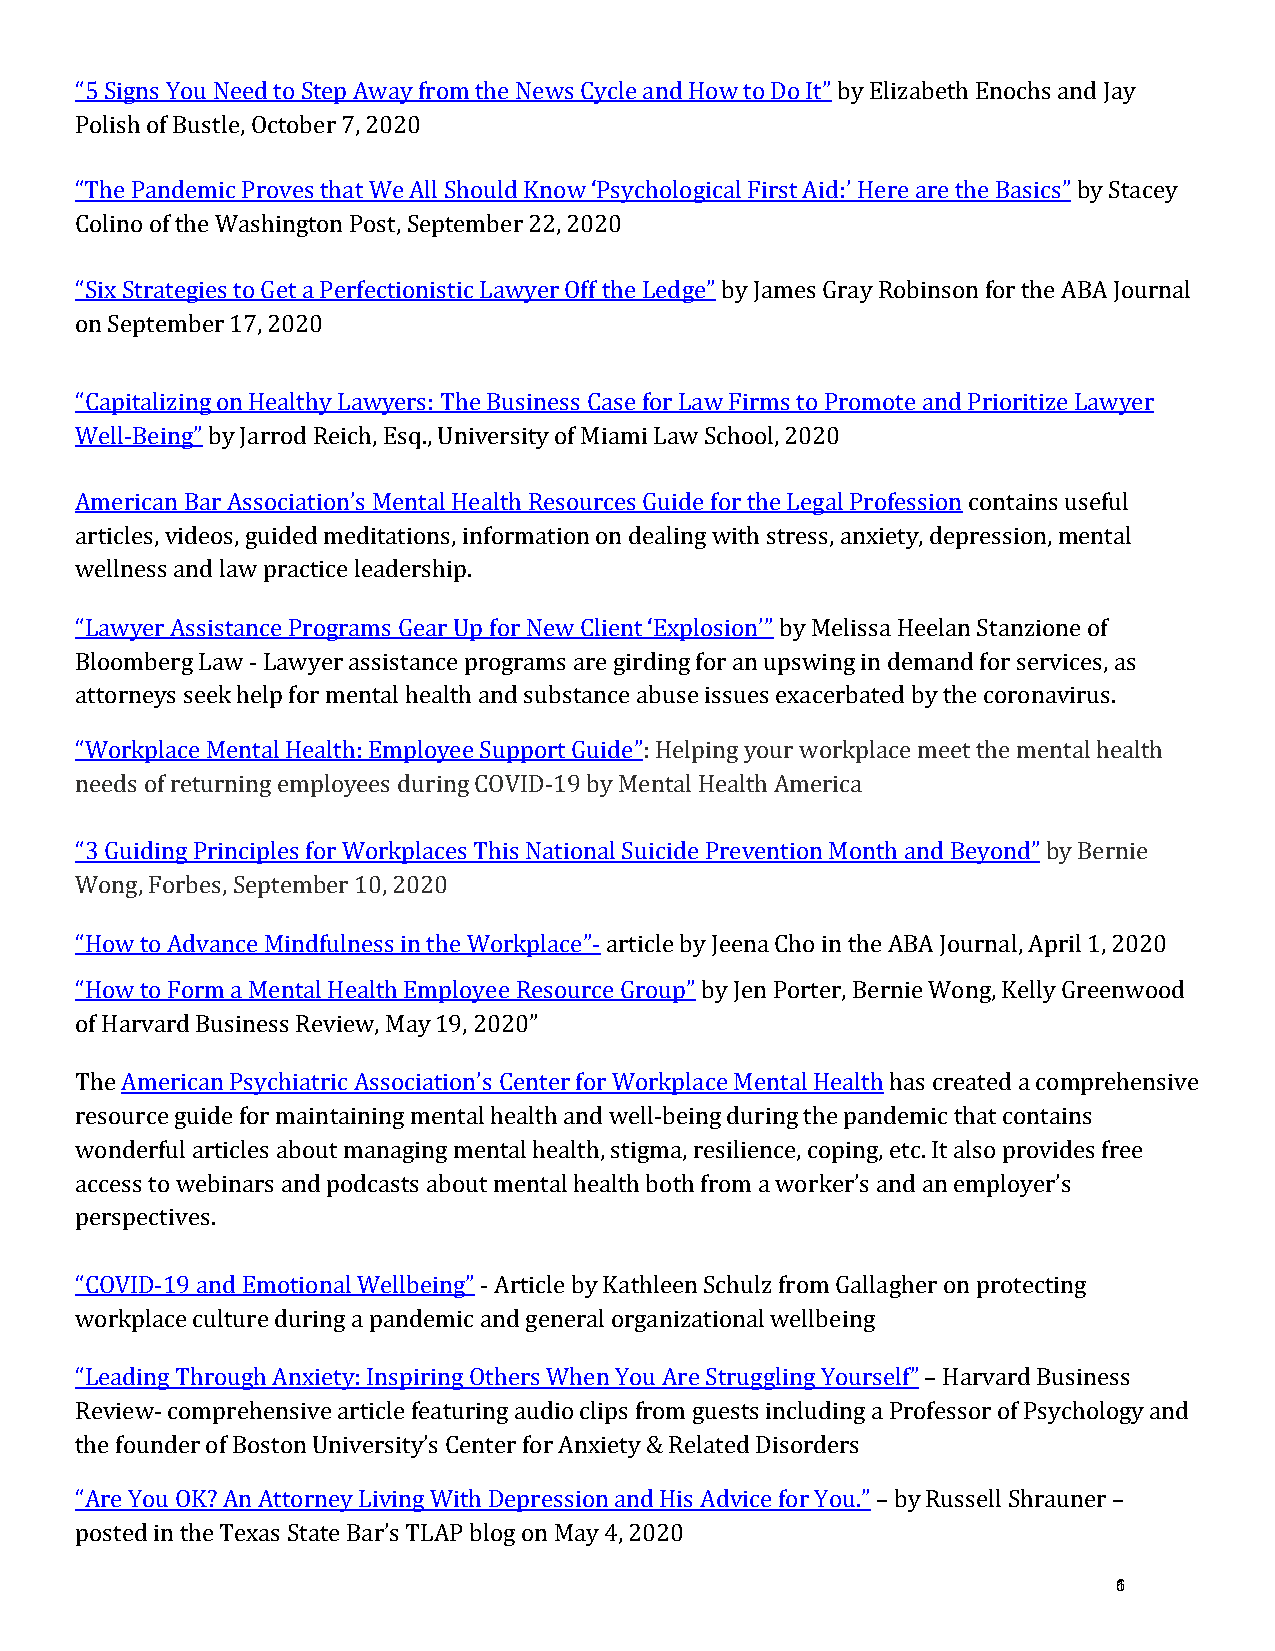
“5 Signs You Need to Step Away from the News Cycle and How to Do It” by Elizabeth Enochs and Jay
 Polish of Bustle, October 7, 2020
 “The Pandemic Proves that We All Should Know ‘Psychological First Aid:’ Here are the Basics” by Stacey
 Colino of the Washington Post, September 22, 2020
 “Six Strategies to Get a Perfectionistic Lawyer Off the Ledge” by James Gray Robinson for the ABA Journal
 on September 17, 2020
 “Capitalizing on Healthy Lawyers: The Business Case for Law Firms to Promote and Prioritize Lawyer
 Well-Being” by Jarrod Reich, Esq., University of Miami Law School, 2020
 American Bar Association’s Mental Health Resources Guide for the Legal Profession contains useful
 articles, videos, guided meditations, information on dealing with stress, anxiety, depression, mental
 wellness and law practice leadership.
 “Lawyer Assistance Programs Gear Up for New Client ‘Explosion’” by Melissa Heelan Stanzione of
 Bloomberg Law - Lawyer assistance programs are girding for an upswing in demand for services, as
 attorneys seek help for mental health and substance abuse issues exacerbated by the coronavirus.
 “Workplace Mental Health: Employee Support Guide”: Helping your workplace meet the mental health
 needs of returning employees during COVID-19 by Mental Health America
 “3 Guiding Principles for Workplaces This National Suicide Prevention Month and Beyond” by Bernie
 Wong, Forbes, September 10, 2020
 “How to Advance Mindfulness in the Workplace”- article by Jeena Cho in the ABA Journal, April 1, 2020
 “How to Form a Mental Health Employee Resource Group” by Jen Porter, Bernie Wong, Kelly Greenwood
 of Harvard Business Review, May 19, 2020”
 The American Psychiatric Association’s Center for Workplace Mental Health has created a comprehensive
 resource guide for maintaining mental health and well-being during the pandemic that contains
 wonderful articles about managing mental health, stigma, resilience, coping, etc. It also provides free
 access to webinars and podcasts about mental health both from a worker’s and an employer’s
 perspectives.
 “COVID-19 and Emotional Wellbeing” - Article by Kathleen Schulz from Gallagher on protecting
 workplace culture during a pandemic and general organizational wellbeing
 “Leading Through Anxiety: Inspiring Others When You Are Struggling Yourself” – Harvard Business
 Review- comprehensive article featuring audio clips from guests including a Professor of Psychology and
 the founder of Boston University’s Center for Anxiety & Related Disorders
 “Are You OK? An Attorney Living With Depression and His Advice for You.” – by Russell Shrauner –
 posted in the Texas State Bar’s TLAP blog on May 4, 2020             16